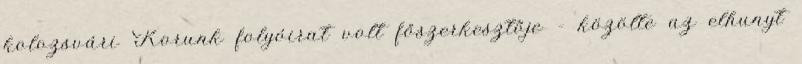
kolozsvári Korunk folyóirat volt főszerkesztője – közölte az elhunyt